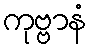
ကုဗ္ဗာနံ